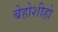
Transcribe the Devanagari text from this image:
बेहोशीहो